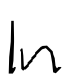
Text: In
Cross-out: clean
Writing tool: digital_black